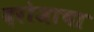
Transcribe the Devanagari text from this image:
दरोजाचा